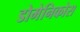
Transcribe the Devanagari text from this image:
डोमेनिकोस